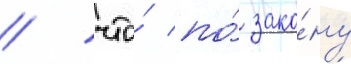
/ что́ по́ зако́ну